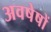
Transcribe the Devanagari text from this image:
अवषेषों